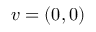
v = ( 0 , 0 )